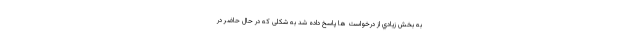
به بخش زيادي از درخواست ها پاسخ داده شد به شکلی که در حال حاضر در